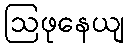
ဩဖုနေယျ